Vaccination report Assam 1874-1896 - 1874-1896
Year: 1874
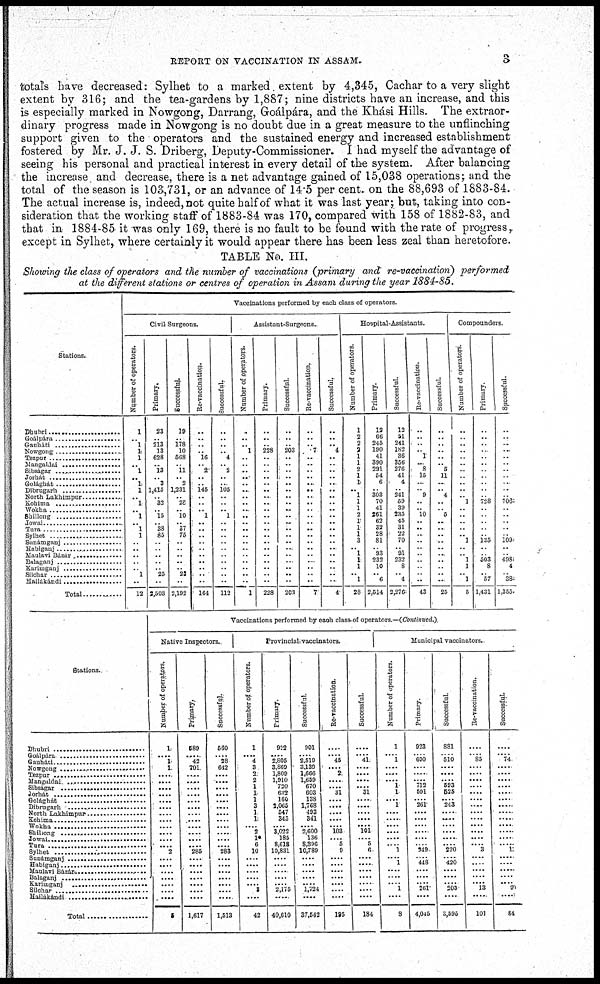
REPORT ON VACCINATION IN ASSAM.
3
totals have decreased: Sylhet to a marked. extent by 4,345, Cachar to a very slight
extent by 316; and the tea-gardens by 1,887; nine districts have an increase, and this
is especially marked in Nowgong, Darrang, Goálpára, and the Khási Hills. The extraor-
dinary progress made in Nowgong is no doubt due in a great measure to the unflinching
support given to the operators and the sustained energy and increased establishment
fostered by Mr. J. J. S. Driberg, Deputy-Commissioner. I had myself the advantage of
seeing his personal and practical interest in every detail of the system. After balancing
the increase and decrease, there is a net advantage gained of 15,038 operations; and the
total of the season is 103,731, or an advance of 14.5 per cent. on the 88,693 of 1883-84.
The actual increase is, indeed, not quite half of what it was last year; but, taking into con-
sideration that the working staff of 1883-84 was 170, compared with 158 of 1882-83, and
that in 1884-85 it was only 169, there is no fault to be found with the rate of progress,
except in Sylhet, where certainly it would appear there has been less zeal than heretofore.
TABLE No. III.
Showing the class of operators and the number of vaccinations (primary and re-vaccination) performed
at the different stations or centres of operation in Assam during the year 1884-85.
Stations.
Dhubri ........................
Goálpára
.....................
Gauháti ........................
Nowgong ........................
Tezpur ..............................
Maugaldai ........................
Sibságar ...........................
Jorhát .................................
Golághát ...........................
Dibrugarh ...........................
North Lakhimpur ...............
Kohima ..............................
Wokha
Shillong ...........................
Jowar .................................
Tura ....................................
Sylhet .................................
Sunámganj
Habiganj
Maulavi Bázar
Balagant
Karimganj ........................
Srichar ..............................
Hailákándi
Total ..................
Vaccinations performed by each class of operators.
Civil Surgeons.
Number of operators.
1
.. 1
1
1
..
1
.. 1
1
.. 1
.. 1
., 1
1
..
..
..
..
.. 1
..
12
Primary.
23
..
213
13
628
..
13
.. 3
1,415
.. 32
.. 15
.. 38
85
..
.. ..
..
.. 25
..
3,503
Successful.
19
..
178
10
568
..
11
.. 2
1,231
.. 28
.. 10
.. 37
75
..
..
..
..
.. 23
..
2,192
Re-vaccination.
..
.. ..
.. 16
..
2
..
..
145
..
.. .. 1
..
..
..
..
..
..
..
..
..
..
164
Successful.
..
.. ..
.. 4
..
2
..
.. 105
..
..
.. 1
..
..
.. ..
..
..
..
..
..
..
112
Assistant-Surgeons.
Number of operators.
..
..
.. 1
.. ..
..
..
..
..
..
..
..
..
..
..
..
..
..
..
..
..
..
..
1
Primary.
..
..
.. 228
.. ..
..
..
..
..
..
..
..
..
..
..
..
..
..
..
..
..
..
..
228
Successful.
..
..
.. 203
.. ..
..
.. ..
.. ..
..
.. ..
...
..
..
..
...
..
..
..
..
..
203
Re-vaccination.
..
.. .. 7
.. ..
..
..
..
.. ..
..
..
..
..
..
..
..
..
..
...
..
..
..
7
Successful.
..
.. .. 4
.. ..
..
..
..
.. ..
..
..
..
..
..
..
..
..
..
..
..
.. ..
4
Hospital-Assistants.
Number of operators.
1
2
2
2
1
1
2
1
1
.. 1
1
1
2
1
1
1
3
.. 1
1
1
.. 1
28
Primary.
12
66
245
190
41
390
291
54
6
.. 303
70
41
261
62
32
28
81
.. 93
232
10
.. 6
2,514
Successful.
12
51
241
182
36
356
276
41
4
.. 241
59
39
235
45
31
22
70
.. 91
232
8
.. 4
2,276
Re-vaccination.
..
..
..
.. 1
..
8
15
...
.. 9
..
.. 10
.. ..
..
..
..
.. ..
..
.. ..
43
Successful.
..
..
.. ..
..
5
11
...
.. 4
..
.. 5
.. ..
..
..
..
.. ..
..
.. ..
25
Compounders
Number of operators
..
..
..
..
.. ..
..
..
..
..
.. 1
.. ..
.. ..
.. 1
..
.. 1
1
.. 1
5
Primary
..
..
..
..
.. ..
.. ..
..
..
.. 728
..
..
..
.. ..
135
..
.. 503
8
.. 57
1,431
Successful.
..
.. ..
..
.. ..
..
..
..
..
.. 706
.. ..
.. ..
.. 109
..
.. 498
4
.. 38
l,355
Stations.
Dhubri ..............................
Goalpára ...........................
Gauháti ..............................
Nowgong ...........................
Tezpur .................................
Mangaldai ...........................
Sibságar ..............................
Jorhát .................................
Golághát ...........................
Dibrugarh ...........................
North Lakhimpur ..................
Kohima .................................
Wokha .................................
Shilong .................................
Jowai ....................................
Tura
Sylhet .................................
Sunámganj
Habiganj ..............................
Maulavi Bázár ........................
Balaganj .................................
Karimganj .................................
Silchar .................................
Hailákándi .................................
Total ........................
Vaccinations performed by each class-of operators —(Continued.)
Native Inspectors.
Number of operators.
1
.... 1
1
....
....
....
....
....
....
.... ....
....
....
....
.... 2
....
....
....
....
....
....
....
5
Primary.
589
.... 42
701
.....
.....
....
....
....
....
....
....
....
....
....
.... 285
....
....
....
....
....
«...
....
1,617
Successful.
660
.... 28
642
....
....
....
....
....
....
.... ....
....
....
....
.... 283
....
....
....
....
....
....
....
1,513
Provincial vaccinators.
Number of operators.
1
.... 4
3
.... 2
1
1
1
3 1
1
.... 2
1*
6
10
....
....
....
....
.... 3
....
42
Primary.
922
.... 2,805
3,869
1,809
1,910
720
602
160
2,065 547
345
.... 3,022
185
8,618
10,831
....
....
....
....
.... 2,175
....
40,610
Successful.
901
.... 2,519
3,139
1,666
1,659
670
603
138
1,768 493
341
.... 2,600
136
8,396
10,789
....
....
....
' ....
.... 1,724
....
37,542
Re-vaccination.
....
.... 45
.... 2
....
.... 31
....
....
....
....
.... 103
.... 5
9
....
....
....
....
....
....
....
195
Successful.
....
.... 41
....
....
....
.... 31
....
....
....
....
.... 101
.... 5
6
....
....
....
....
....
....
....
184
Municipal vaccinators.
Number of operators.
1
.... 1
....
....
.... 1
1
.... 1
....
....
....
....
....
.... 1
.... 1
....
. ..
.... 1
....
8
Primary.
923
.... 600
....
.....
.... 712
591
....
261
....
....
....
....
....
.... 349
.... 448
....
....
.... 261
....
4,045
Successful.
881
.... 510
....
....
.... 593
525
....
243
....
....
....
....
....
.... 220
.... 420
....
....
.... 203
....
5,595
Re-vaccination.
....
.... 85
....
....
....
....
....
....
....
....
....
....
....
....
.... 3
....
....
....
....
.... 13
....
101
Successful.
....
.... 74
....
....
....
....
....
....
....
....
....
....
....
....
1
....
....
....
.... 90
....
84